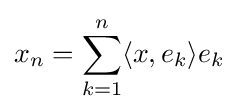
x_{n}=\sum _{k=1}^{n}\langle x,e_{k}\rangle e_{k}